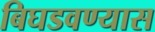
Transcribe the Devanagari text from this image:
बिघडवण्यास